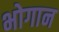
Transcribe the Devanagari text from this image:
भोगान